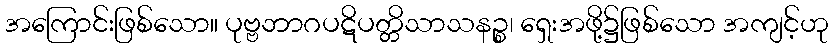
အကြောင်းဖြစ်သော။ ပုဗ္ဗဘာဂပဋိပတ္တိသာသနဉ္စ၊ ရှေးအဖို့၌ဖြစ်သော အကျင့်ဟု